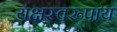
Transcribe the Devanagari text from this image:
यक्षस्वरूपाय